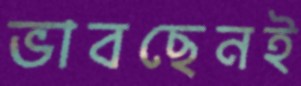
ভাবছেনই